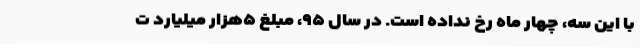
با این سه، چهار ماه رخ نداده است. در سال ۹۵، مبلغ ۵هزار میلیارد ت